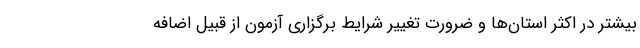
بیشتر در اکثر استان‌ها و ضرورت تغییر شرایط برگزاری آزمون از قبیل اضافه